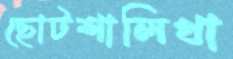
ছোটশালিখা